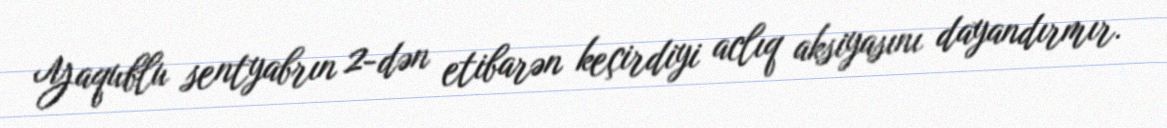
Yaqublu sentyabrın 2-dən etibarən keçirdiyi aclıq aksiyasını dayandırmır.